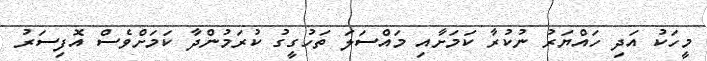
މީހަކު އަދި ހައްޔަރު ނުކުރާ ކަމަށާއި މައްސަލަ ތަހުގީގު ކުރަމުންދާ ކަމަށްވެސް އޮފިސަރު